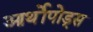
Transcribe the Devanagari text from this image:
आर्थोपोड्स